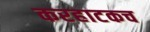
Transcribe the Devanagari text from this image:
करहाटकच